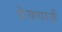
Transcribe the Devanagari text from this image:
ग्रेवयार्ड